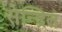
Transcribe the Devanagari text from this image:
सेन्द्रित